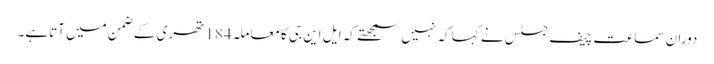
دوران سماعت چیف جسٹس نے کہا کہ نہیں سمجھتے کہ ایل این جی کامعاملہ184تھری کے ضمن میں آتاہے۔